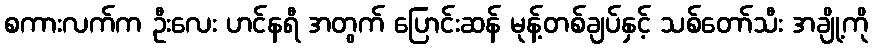
စကားလက်က ဦးလေး ဟင်နရီ အတွက် ပြောင်းဆန် မုန့်တစ်ချပ်နှင့် သစ်တော်သီး အချို့ကို